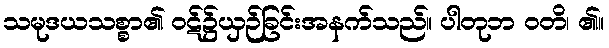
သမုဒယသစ္စာ၏ ဝဋ်၌ယှဉ်ခြင်းအနက်သည်။ ပါတုဘ ဝတိ၊ ၏။